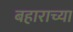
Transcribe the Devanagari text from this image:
बहाराच्या